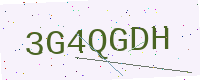
Text: 3G4QGDH